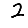
Digit: 2